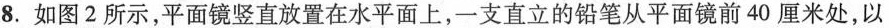
8.如图2所示，平面镜竖直放置在水平面上，一支直立的铅笔从平面镜前40厘米处，以